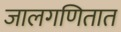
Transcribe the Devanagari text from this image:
जालगणितात